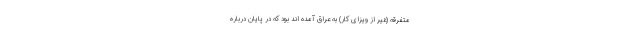
متفرقه (غیر از ویزای کار) به عراق آمده اند بود که در پایان درباره